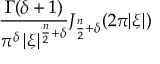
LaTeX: { \frac { \Gamma ( \delta + 1 ) } { \pi ^ { \delta } \, | { \boldsymbol { \xi } } | ^ { { \frac { n } { 2 } } + \delta } } } J _ { { \frac { n } { 2 } } + \delta } ( 2 \pi | { \boldsymbol { \xi } } | )